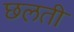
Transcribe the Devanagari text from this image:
छलती